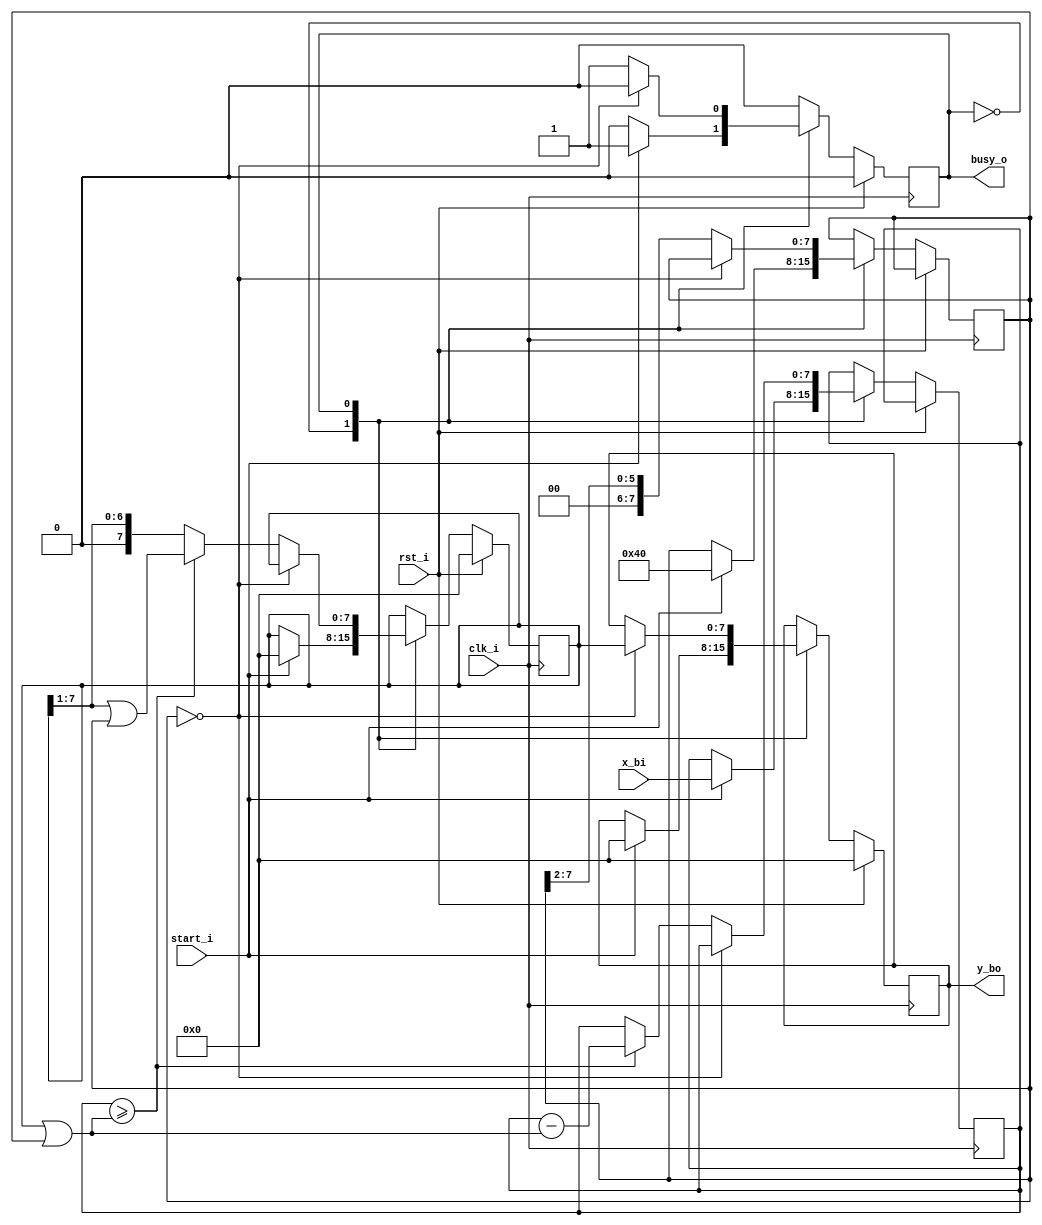
`timescale 1ns / 1ps

module sqrt(
        input clk_i,
        input rst_i,
        input [7:0] x_bi,
        input start_i,
        output busy_o,
        output reg [7:0] y_bo
    );

    localparam IDLE = 1'b0;
    localparam WORK = 1'b1;

    reg [7:0] x;
    reg [7:0] m;
    reg [7:0] y;
    wire [7:0] y_shifted;
    reg [7:0] b;
    reg state;
    wire end_step;
    wire [7:0] b_tmp;

    assign end_step = (m == 0);
    assign busy_o = state;
    assign y_shifted = y >> 1;
    assign b_tmp = y | m;

    always @(posedge clk_i)
        if (rst_i) begin
            y <= 0;
            y_bo <= 0;
            state <= IDLE;
        end
        else begin
            case (state)
            IDLE:
                if (start_i) begin
                    state <= WORK;
                    x <= x_bi;
                    m <= 8'b01000000;
                    b <= 0;
                    y_bo <= 0;
                    y <= 0;
                end
            WORK:
                if (end_step) begin
                    state <= IDLE;
                    y_bo <= y;
                end else begin
                    b <= b_tmp;
                    if (x >= b_tmp) begin
                        x <= x - b_tmp;
                        y <= y_shifted | m;
                    end
                    else begin
                        y <= y_shifted;
                    end
                    m <= m >> 2;
                end
            endcase
        end
endmodule